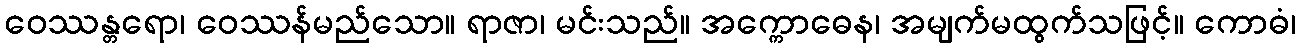
ဝေဿန္တရော၊ ဝေဿန်မည်သော။ ရာဇာ၊ မင်းသည်။ အက္ကောဓေန၊ အမျက်မထွက်သဖြင့်။ ကောဓံ၊